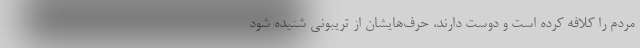
مردم را کلافه کرده است و دوست دارند، حرف‌هایشان از تریبونی شنیده شود